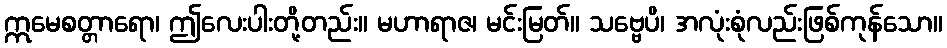
ဣမေစတ္တာရော၊ ဤလေးပါးတို့တည်း။ မဟာရာဇ၊ မင်းမြတ်။ သဗ္ဗေပိ၊ အလုံးစုံလည်းဖြစ်ကုန်သော။